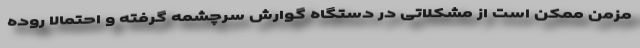
مزمن ممکن است از مشکلاتی در دستگاه گوارش سرچشمه گرفته و احتمالا روده